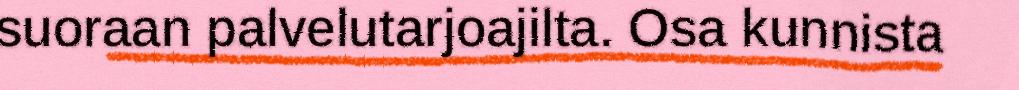
suoraan palvelutarjoajilta. Osa kunnista